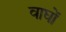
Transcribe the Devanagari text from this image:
वाघों